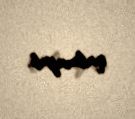
qalmayıb.